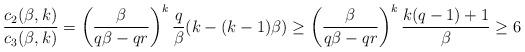
LaTeX: \begin{align*}\frac{c_2(\beta,k)}{c_3(\beta,k)} = \left(\frac{\beta}{q\beta-qr}\right)^k \frac{q}{\beta} (k-(k-1) \beta) \ge \left(\frac{\beta}{q\beta-qr}\right)^k \frac{k(q-1)+1}{\beta} \ge 6\end{align*}